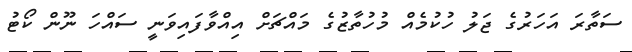
ސަތާރަ އަހަރުގެ ޖަލު ހުކުމެއް މުހުތާޒުގެ މައްޗަށް އިއްވާފައިވަނީ ސައްހަ ނޫން ކޯޓު